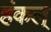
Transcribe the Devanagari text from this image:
हंकल्